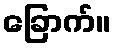
ခြောက်။